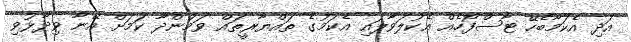
އަދި އެކަމާބެހޭ ޓާސްފޯހެއް އެކުލަވާލައި އެކަމުގެ ތައްޔާރީތައް ވަމުންދާ ކަމަށް އޭނާ ވިދާޅުވި